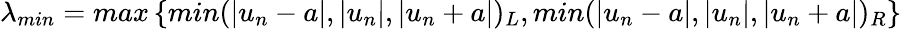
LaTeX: \lambda_{min}=max\left\{ min(|u_{n}-a|,|u_{n}|,|u_{n}+a|)_{L},min(|u_{n}-a|,|u_{n}|,|u_{n}+a|)_{R}\right\}